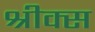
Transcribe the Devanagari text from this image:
श्रीक्स